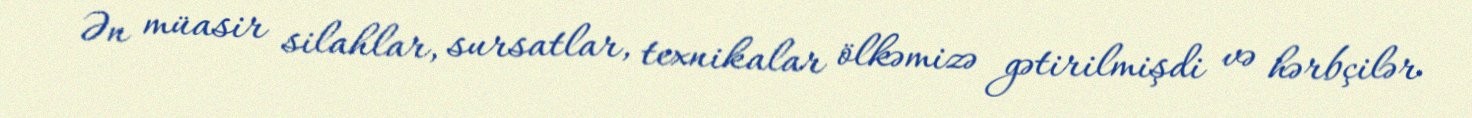
Ən müasir silahlar, sursatlar, texnikalar ölkəmizə gətirilmişdi və hərbçilər